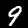
Digit: 9